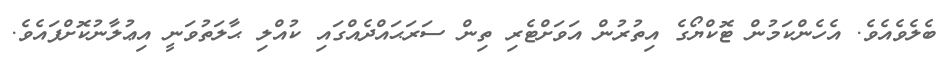
ބެލެވެއެވެ. އެހެންކަމުން ޓޮކްޔޯގެ އިތުރުން އަވަށްޓެރި ތިން ސަރަޙައްދެއްގައި ކުއްލި ޙާލަތުވަނީ އިޢުލާނުކޮށްފައެވެ.